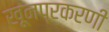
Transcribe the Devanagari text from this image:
खूनप्रकरणी